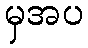
မှအပ